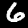
Label: 6